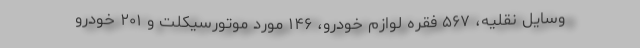
وسایل نقلیه، ۵۶۷ فقره لوازم خودرو، ۱۴۶ مورد موتورسیکلت و ۲۰۱ خودرو